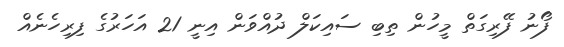
ފޯނު ފޭރިގަތް މީހުން ތިބި ސައިކަލް ދުއްވަން އިނީ 21 އަހަރުގެ ފިރިހެނެއް